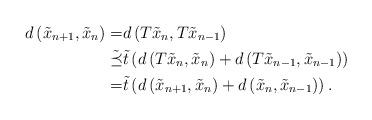
LaTeX: \begin{align*}d\left( \tilde{x}_{n+1},\tilde{x}_{n} \right) =& d\left( T\tilde{x}_{n},T\tilde{x}_{n-1} \right) \\\tilde{\preceq}& \tilde{t} \left( d\left( T\tilde{x}_{n},\tilde{x}_{n} \right) + d\left( T\tilde{x}_{n-1},\tilde{x}_{n-1} \right) \right) \\=& \tilde{t} \left( d\left( \tilde{x}_{n+1},\tilde{x}_{n} \right) + d\left( \tilde{x}_{n},\tilde{x}_{n-1} \right) \right).\end{align*}